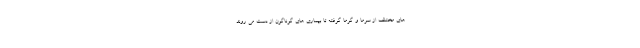
های مختلف از سرما و گرما گرفته تا بیماری های گوناگون از دست می روند.